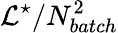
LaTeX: \mathcal{L}^{\star}/N_{batch}^{2}